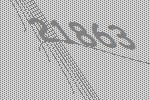
21863